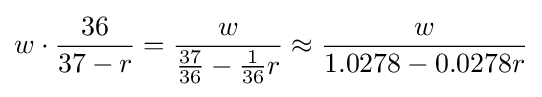
w\cdot {\frac {36}{37-r}}={\frac {w}{{\frac {37}{36}}-{\frac {1}{36}}r}}\approx {\frac {w}{1.0278-0.0278r}}